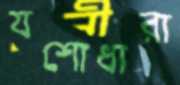
যশোধারা